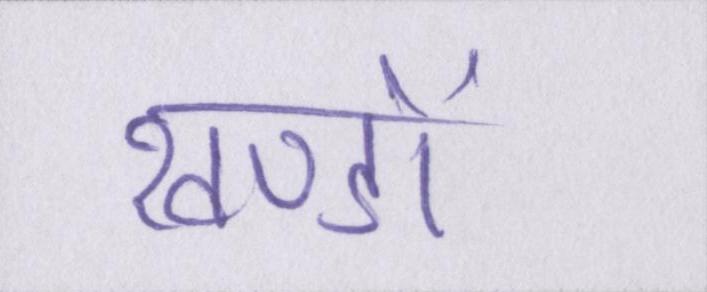
खण्डों